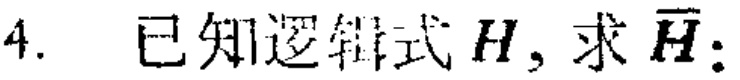
4. 已知逻辑式$H$，求$\overline{H}$：